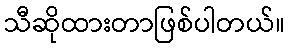
သီဆိုထားတာဖြစ်ပါတယ်။